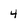
Character: 4